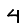
Digit: 4